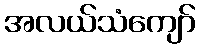
အလယ်သံကျော်